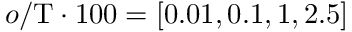
o / \mathrm { T } \cdot 1 0 0 = [ 0 . 0 1 , 0 . 1 , 1 , 2 . 5 ]